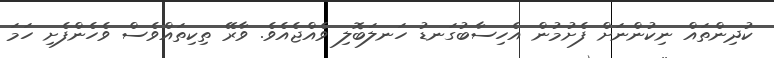
ކުދިންތައް ނިކުންނަށް ފެށުމުން އެހިސާބުގަނޑު ހަނލަބޮލި ވެއްޖެއެވެ. ވާރޭ ތިކިތައްވެސް ވެހެންފެށި ހަމަ